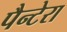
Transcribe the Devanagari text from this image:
पैन्टेरा